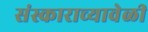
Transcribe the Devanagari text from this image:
संस्काराच्यावेळी